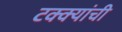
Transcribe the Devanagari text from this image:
टक्क्यांची